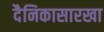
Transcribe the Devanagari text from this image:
दैनिकासारखा